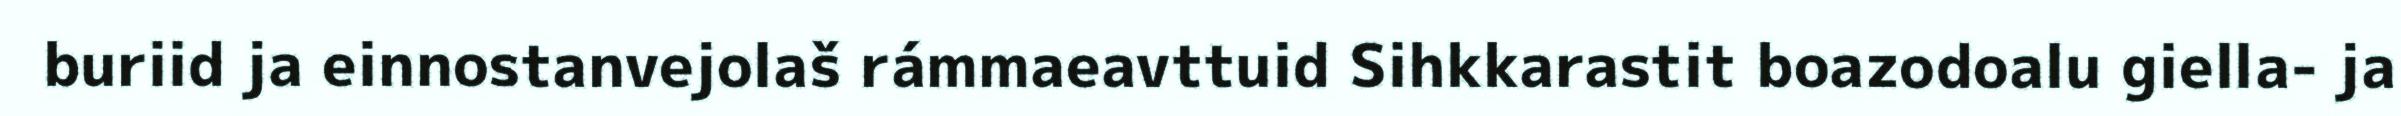
buriid ja einnostanvejolaš rámmaeavttuid Sihkkarastit boazodoalu giella- ja